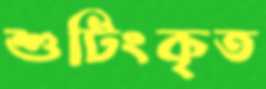
শুটিংকৃত